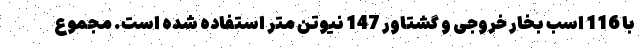
با 116 اسب بخار خروجی و گشتاور 147 نیوتن متر استفاده شده است. مجموع